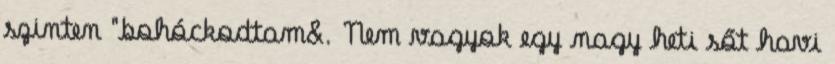
szinten "bohóckodtam&. Nem vagyok egy nagy heti sőt havi